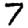
Digit: 7